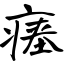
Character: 瘗